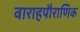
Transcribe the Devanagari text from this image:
वाराहपौराणिक